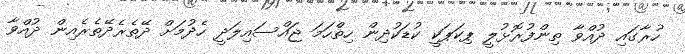
ހުރާގައި ދުއްވާ ތިންފުރޮޅުލީ ޕިކަޕަކީ ކުޑަކުދިން ހިތްހަމަ ޖައްސައިލަދީ ހެދުމަށް ދޭތެރެދޭތެރެއިން ދުއްވާ